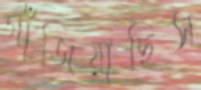
গাঁজিয়াছিস